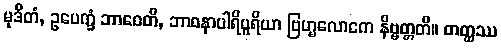
မုဒိတံ, ဥပေက္ခံ ဘာဝေတိ, ဘာဝနာပါရိပူရိယာ ဗြဟ္မလောကေ နိဗ္ဗတ္တတိ။ တတ္ထဿ